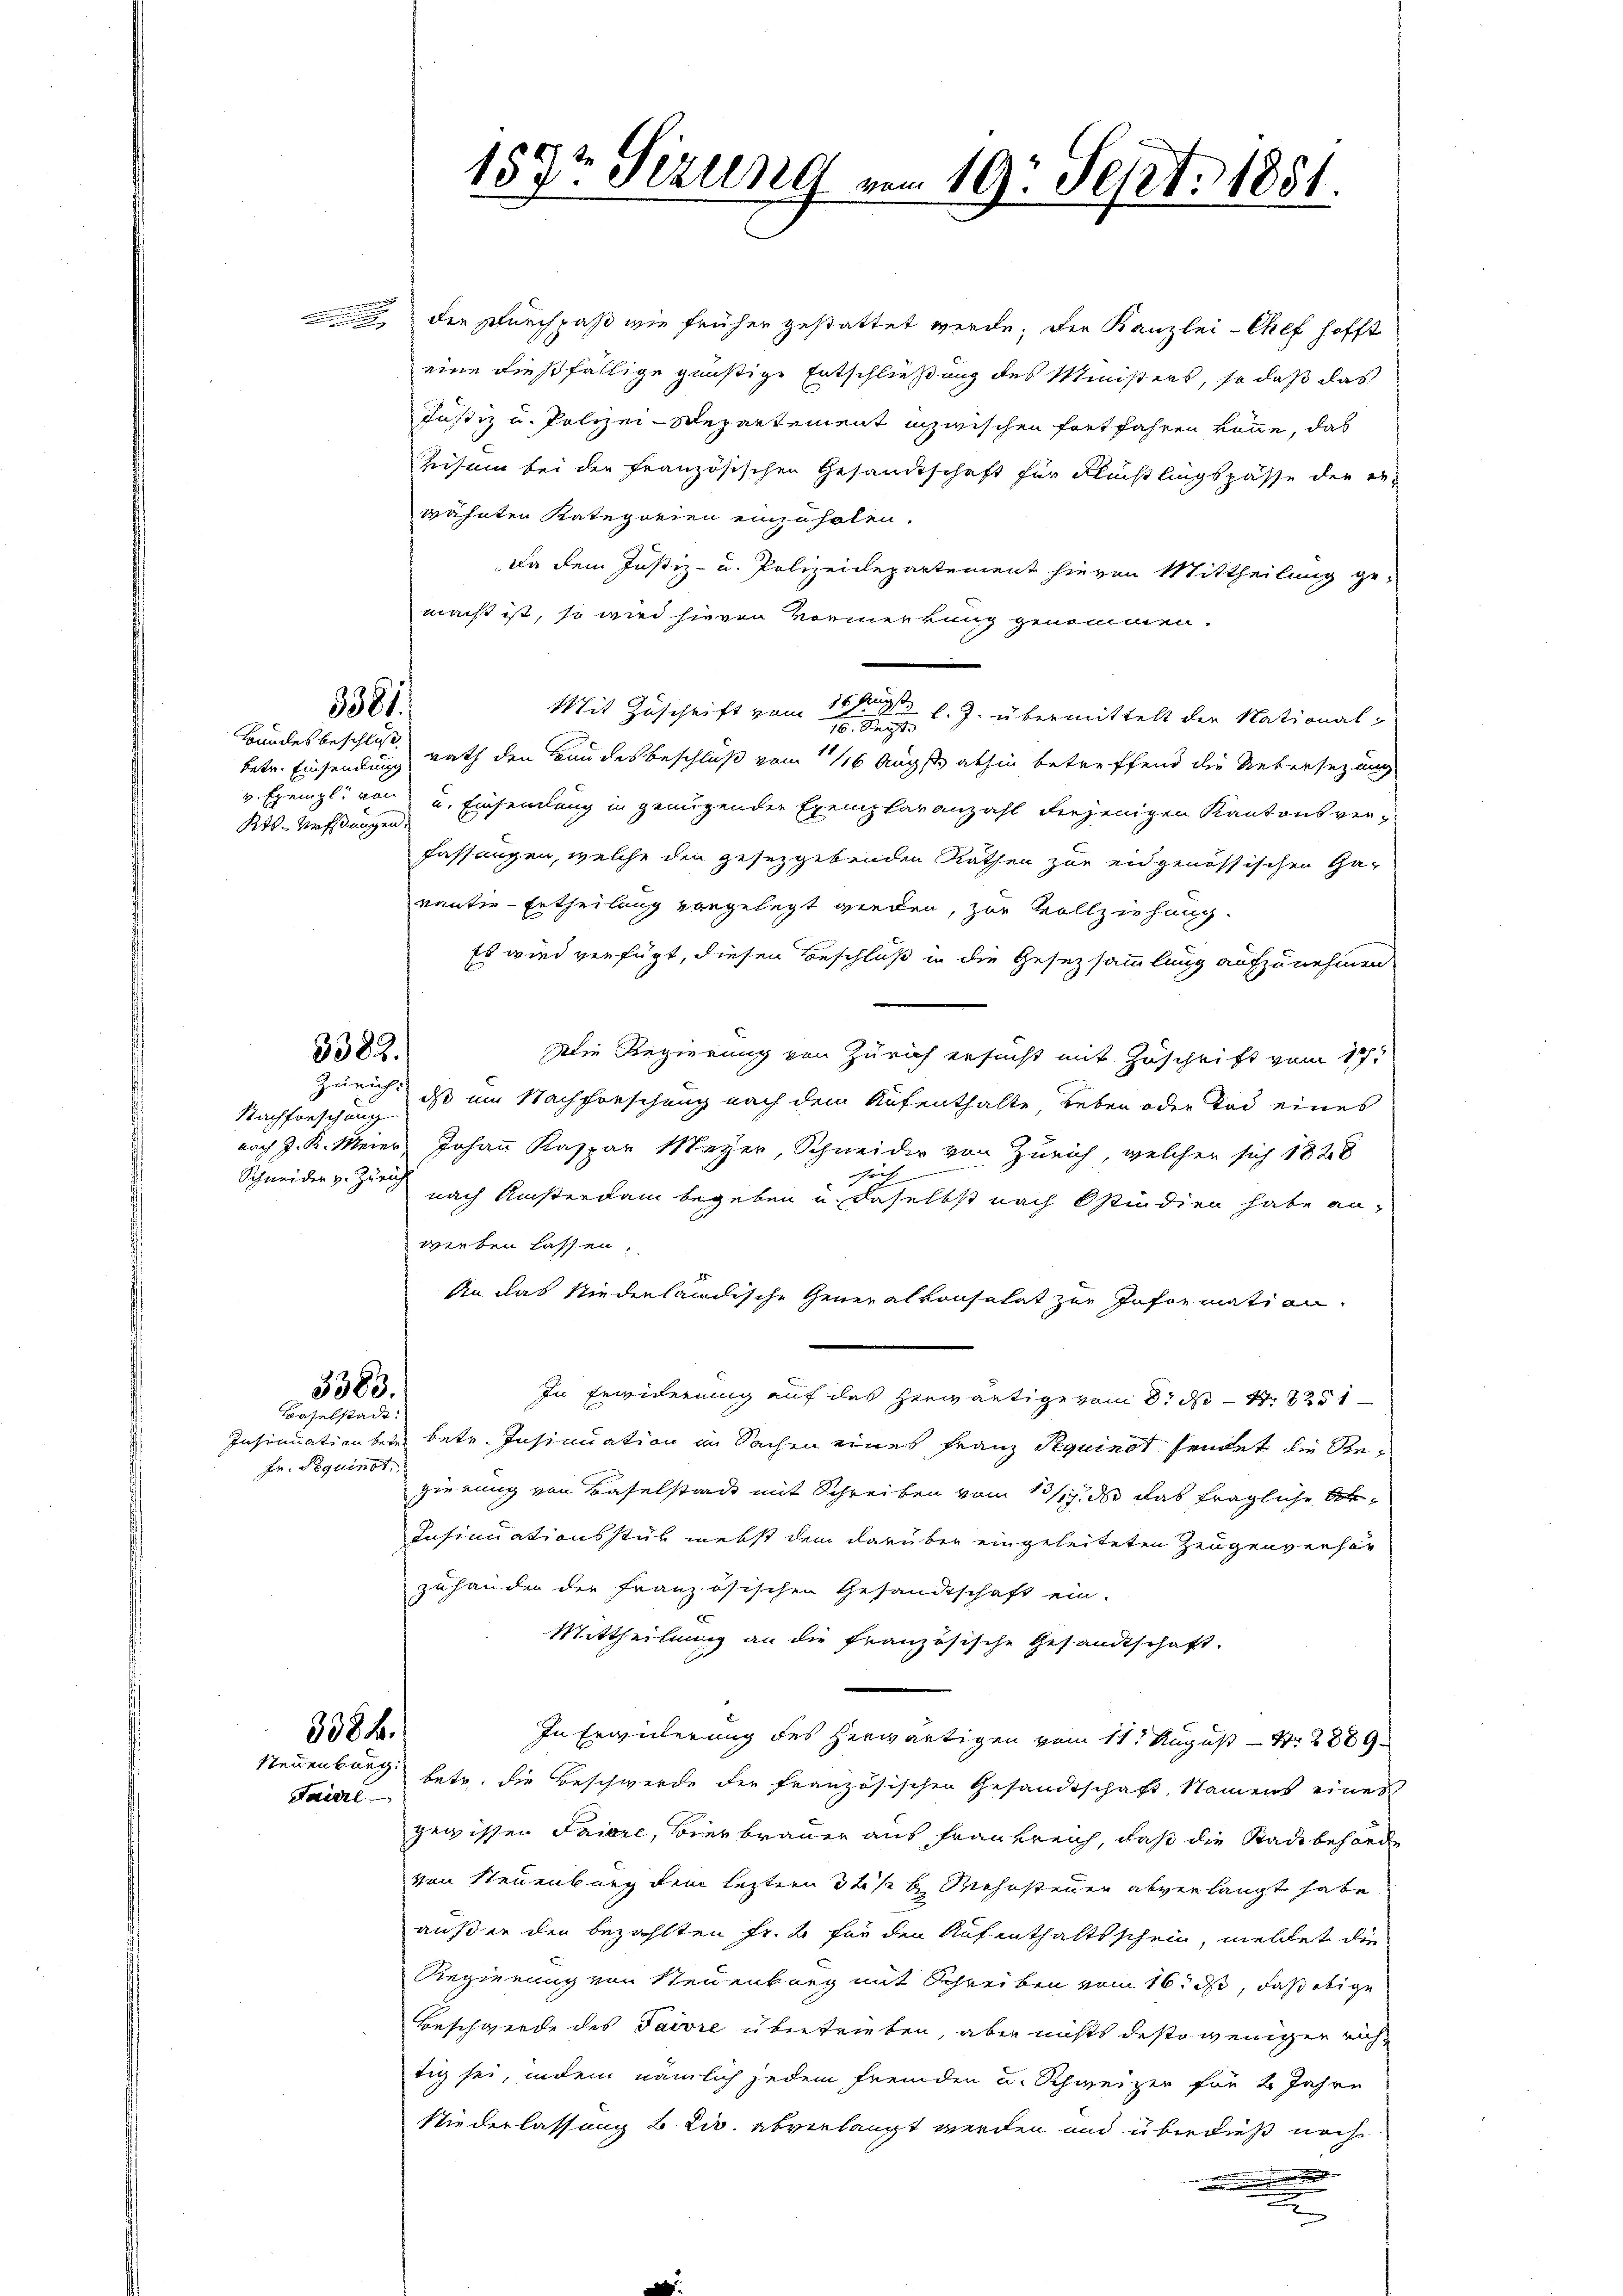
3382.

Nachforschung
Schneider v. Zürich

3388.
Baselstadt:

Fr. Requinot.

3381

betr. Einsendung
Kts. Urfangen.

die Durchpaß wie früher gestattet werde, der Kanzlei-Chef hofft
eine dießfällige günstige Entschließung des Ministers, so daß das
Justiz u. Polizei-Departement inzwischen fortfahren könne, das
Reisem bei der französischen Gesandtschaft für Flußlingspasse der er-
wähnten Kategorien einzuholen.
Da dem Justiz- u. Polizeidepartement hievon Mittheilung ge-
macht ist, so wird hievon Vormerkung genommen.
Mit Zuschrift vom 16ten l. J. übermittelt der National¬
16. Sept.
Bundesbeschloß rath den Bundesbeschluß vom 16 Augst abhin betreffend die Uebersetzung
v. Exempli von u. Einsamlung in genügender Exemplaranzahl diejenigen Kantonsverfassungen, welche die gesezgebenden Rathen zur eidgenössischen Ga-
vanter-Ertheilung vorgelegt werden, zur Vollziehung.
Es wird verfügt, diesen Beschloß in die Gesetzsammlung aufzunehmen
Die Regierung von Zürich ersucht mit Zuschrift vom 18t
Züricht, dass um Nachforschung nach dem Aufenthalte, Leben oder Tod eines
nach J. K. Meier Johann Kaspar Mayer, Schneider von Zürich, welcher sich 1828
si
nach Ansterdam begeben u. daselbst nach Ostindien habe anwerben lassen.
An das Niederländische Generalkonsulat zur Information.
In Erwiderung auf das herwärtige vom 8. d. 251
Insinuation betr. betr. Insinuation in Sachen eines Franz Requinot sendet die Regierung von Baselstadt mit Schreiben vom 13/19. d. das fragliche Ar¬
Insinuationsstück nebst dem darüber eingeleiteten Zeugenverhär
zuhander der französischen Gesandtschaft ein.
Mittheilung an die französische Gesandtschaft.
In Erwiederung des herwärtigen vom 11t August 2889
Steuenburg betr. die Beschwerde die französischen Gesandtschaft, Namens eines
gegissen Faiore, Bierbrauer aus Frankreich, daß die Stadtbehörde
von Steuenburg dem leztern 3 ½ l Mohnsteuer abverlangt habe.
außer den bezahlten Fr. 2 für den Aufenthaltsschein, meldet die
Regierung von Steuenburg mit Schreiben vom 16. ds, daß obige
Beschwerde des Taivre übertrieben, aber nichts desto weniger richtig sei, indem nämlich jedem fremden u. Schweizer für 4 Jahre
Niederlassung 2 Liv. abverlangt werden und überdieß noch
.
d

3084.
Faiere

157t Sizung vom 19. Sept. 1881.